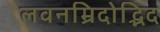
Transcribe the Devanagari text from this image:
लवनम्रिदोद्भिद